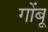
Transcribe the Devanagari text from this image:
गोंबू